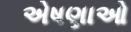
એષણાઓ